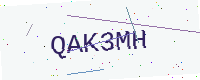
Text: QAK3MH